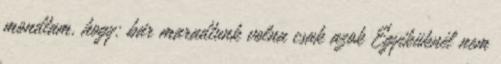
mondtam, hogy: bár maradtunk volna csak azok Egyiküknél nem